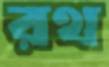
রথ